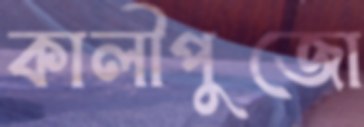
কালীপুজো